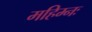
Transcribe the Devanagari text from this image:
महिम्नः